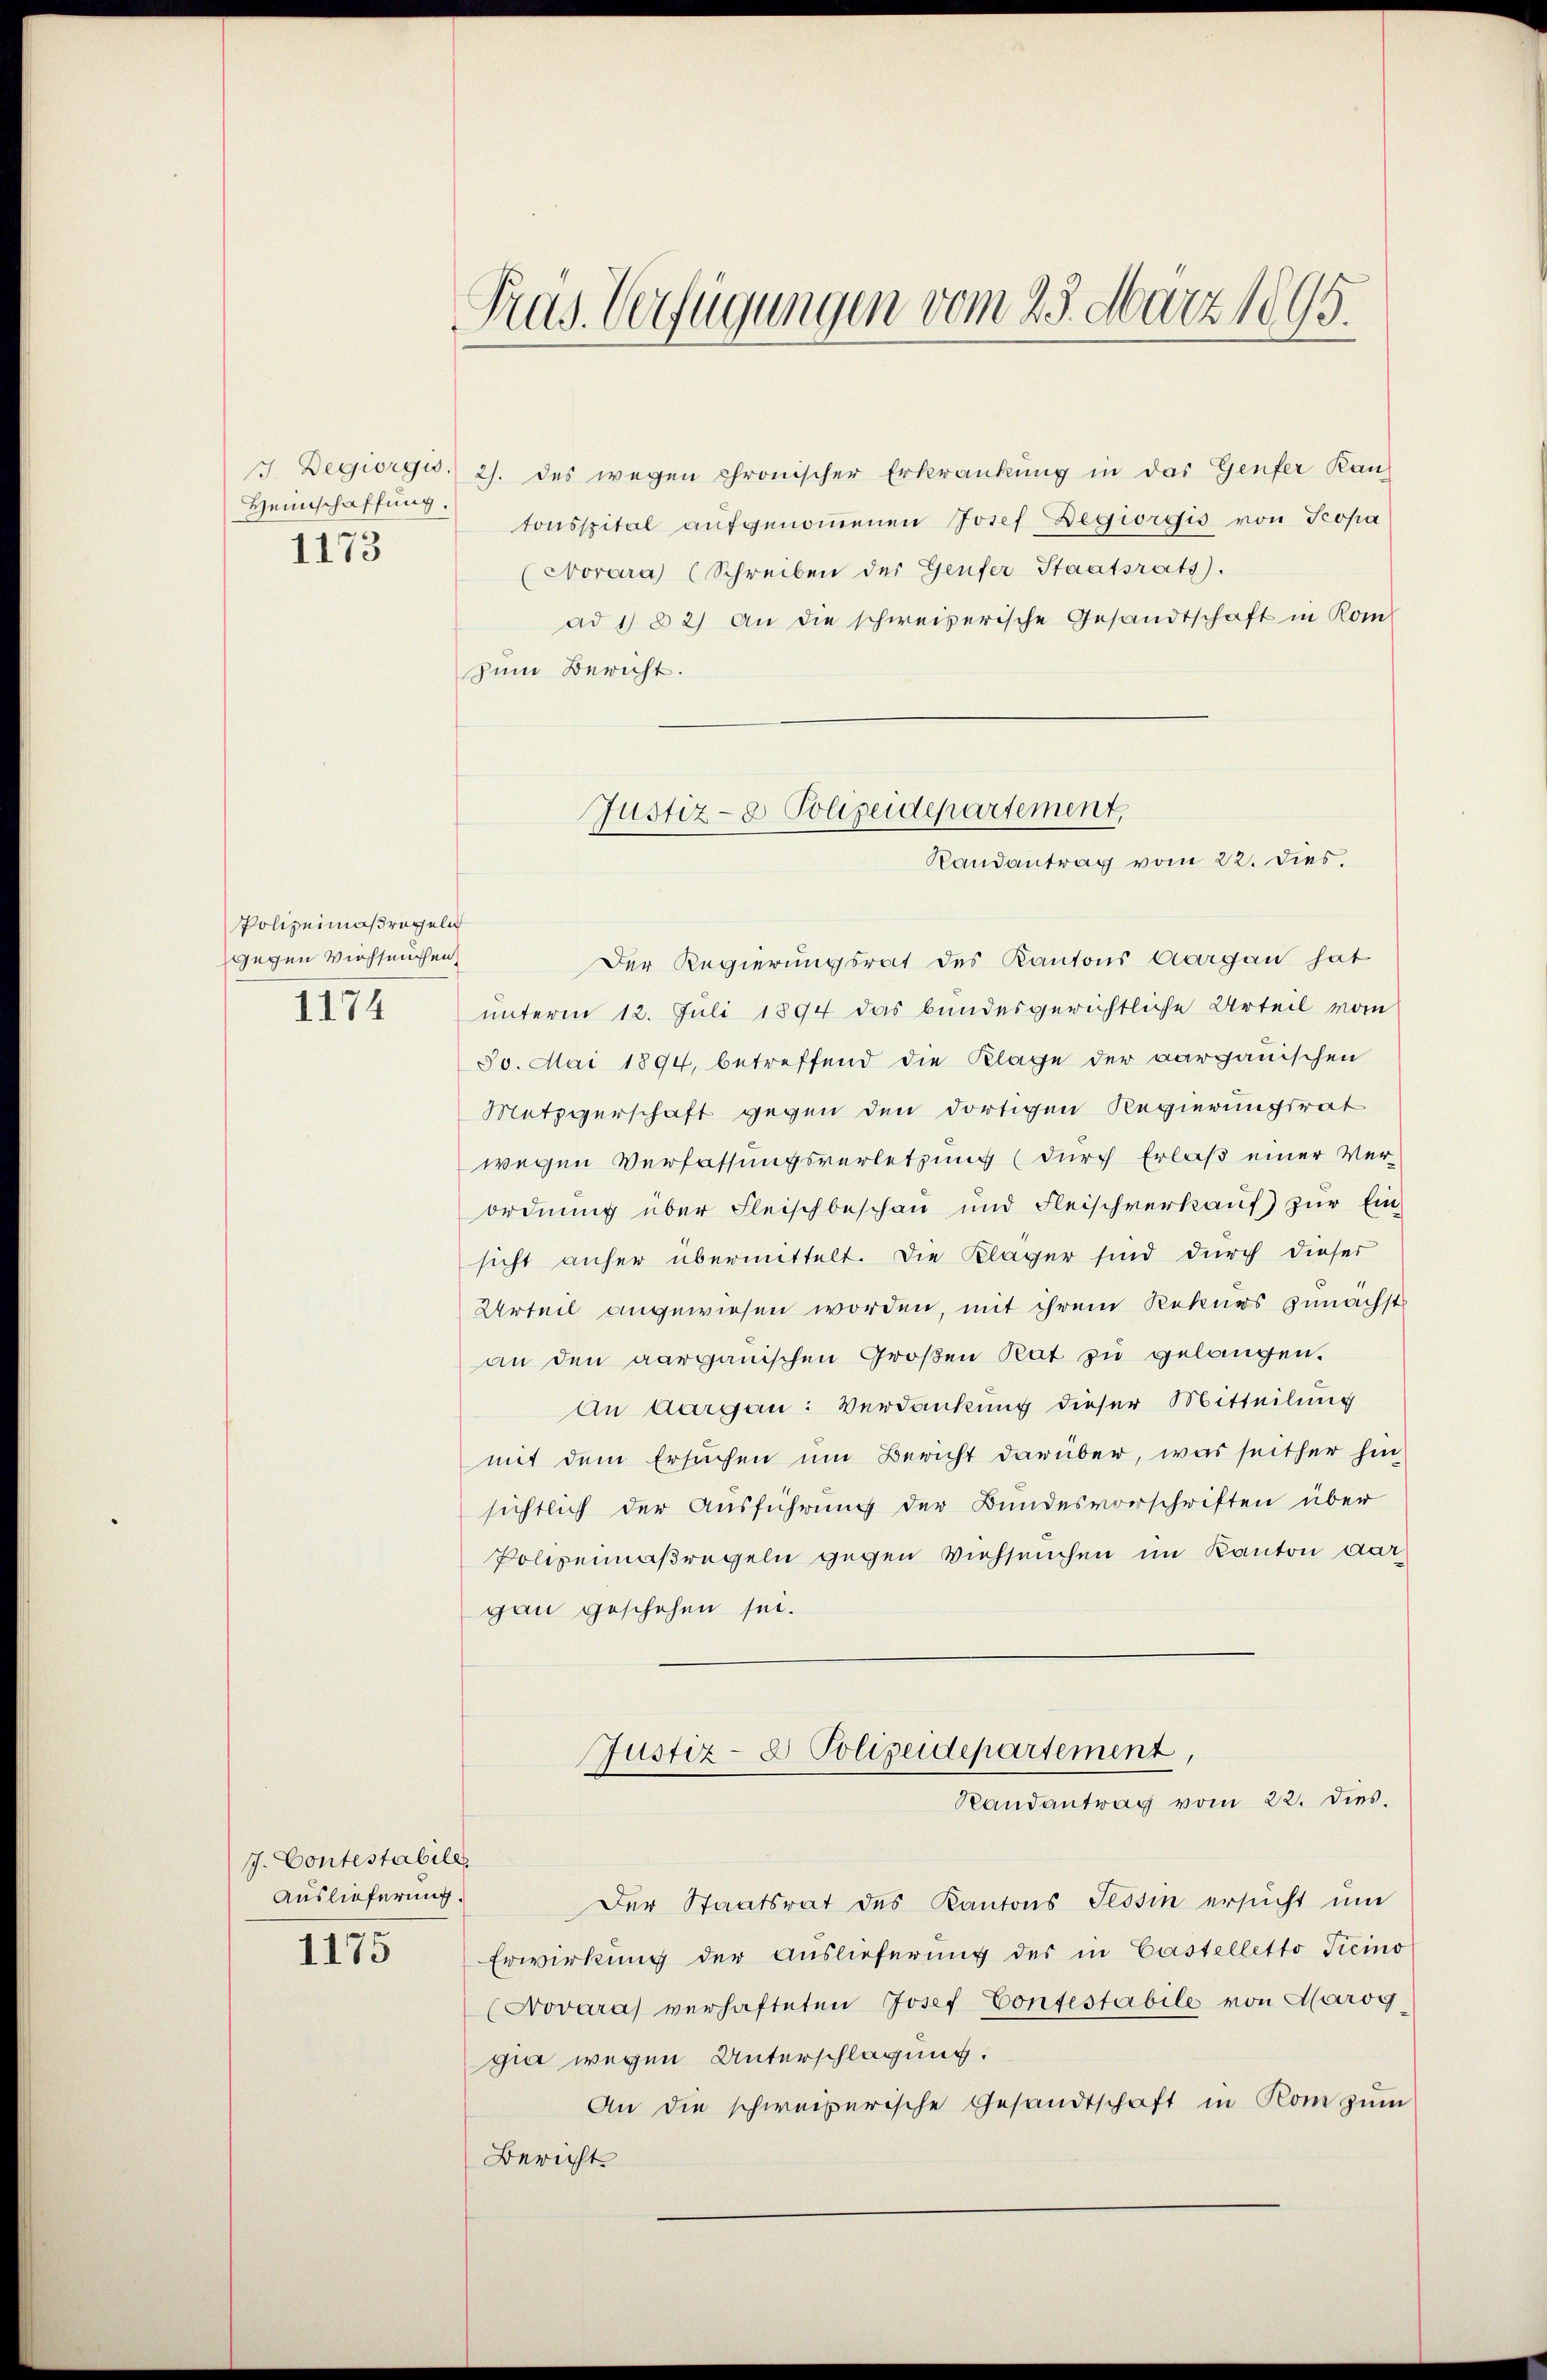
Heimschaffung.
1173

Polizeimaßregeln
gegen Viehseuchen,
1174

J. Contestabile
Auslieferung.

1175

Pras. Verfügungen vom 25. März 1895.

J. Degiorgio. 2. des wegen chronischer Erkrankung in das Genfer Rautonsspital aufgenommenen Josef Degiorgis von Propa
(Norara) (Schreiben der Genfer Staatsrats.
ad 1 § 2) An die schweizerische Gesandtschaft in Kom-
zum Bericht.
Der Regierungsrat des Kantons Aargau hat
unterm 12. Juli 1894 das bundesgerichtliche Urteil vom
30. Mai 1894, betreffend die Klage der aargauischen
Metzgerschaft gegen den dortigen Regierungsrat
wegen Verfassungsverletzung (durch Erlaß einer Verordnung über Fleischbeschau und Fleischverkaŭf zŭr Ein-
sicht anher übermittelt. Die Kläger sind durch dieser
Urteil angewiesen worden, mit ihrem Rekurs zunächst
an den aargauischen Großen Rat zu gelangen.
An Aargau: Verdankung dieser Mitteilung
mit dem Ersuchen um Bericht darüber, was seither hin
sichtlich der Ausführung der Bundesvorschriften über
Polizeimaßregeln gegen Viehseuchen im Kanton dargau geschehen sei.
Justiz- & Polizeidepartement,

Justiz- & Polizeidepartement.
Randantrag vom 22. dies.

Randantrag vom 22. dies.

Der Staatsrat des Kantons Tessin ersucht um
Erwirkung der Auslieferung des in Castelletto Ticino
(Novara) verhafteten Josef Confestabile von Maroggia wegen Unterschlagung.
An die schweizerische Gesandtschaft in Kom zŭm
Bericht